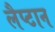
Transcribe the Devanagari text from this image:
लैप्टान